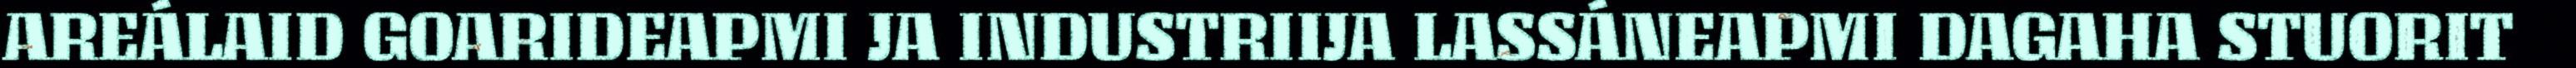
AREÁLAID GOARIDEAPMI JA INDUSTRIIJA LASSÁNEAPMI DAGAHA STUORIT